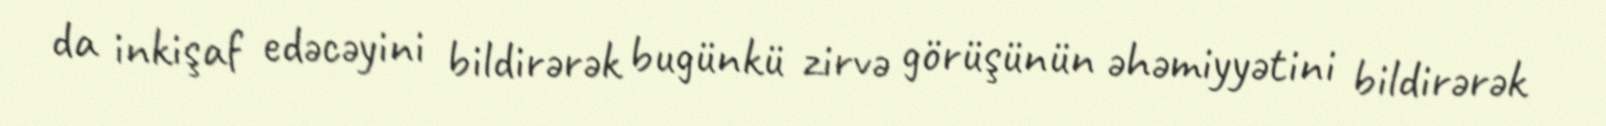
da inkişaf edəcəyini bildirərək bugünkü zirvə görüşünün əhəmiyyətini bildirərək